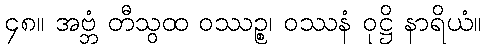
၄၈။ အဗ္ဘံ တီသွထ ဝဿဉ္စ၊ ဝဿနံ ဝုဋ္ဌိ နာရိယံ။